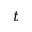
\boldsymbol { t }